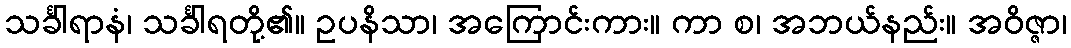
သင်္ခါရာနံ၊ သင်္ခါရတို့၏။ ဥပနိသာ၊ အကြောင်းကား။ ကာ စ၊ အဘယ်နည်း။ အဝိဇ္ဇာ၊